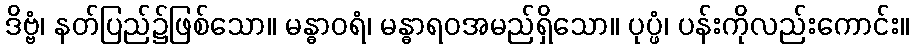
ဒိဗ္ဗံ၊ နတ်ပြည်၌ဖြစ်သော။ မန္ဓာဝရံ၊ မန္ဓာရဝအမည်ရှိသော။ ပုပ္ဖံ၊ ပန်းကိုလည်းကောင်း။